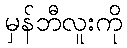
မှန်ဘီလူးကို